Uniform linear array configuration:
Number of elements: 64
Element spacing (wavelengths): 0.75
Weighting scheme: exponential
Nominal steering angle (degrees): -45
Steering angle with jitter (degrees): -45.296
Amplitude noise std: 0.05
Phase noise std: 0.05

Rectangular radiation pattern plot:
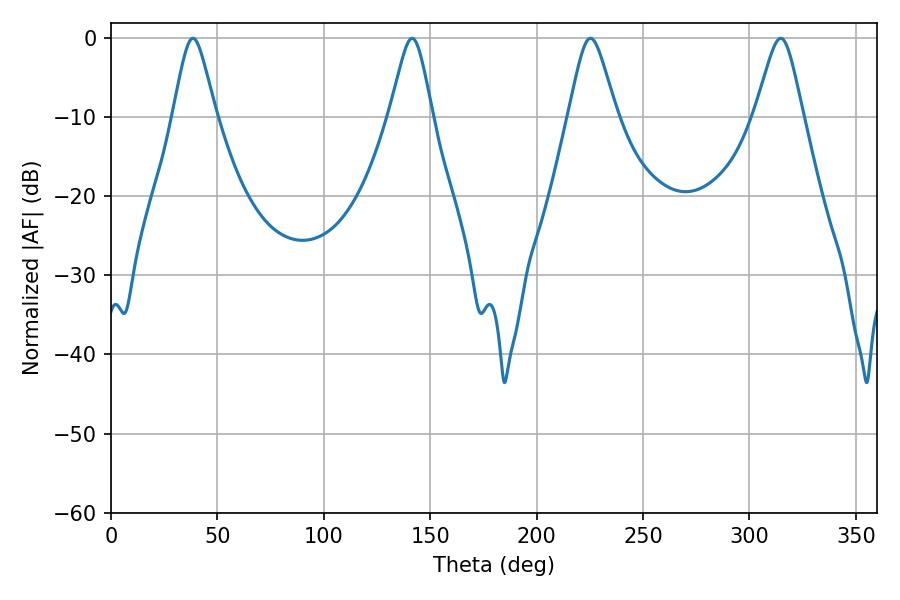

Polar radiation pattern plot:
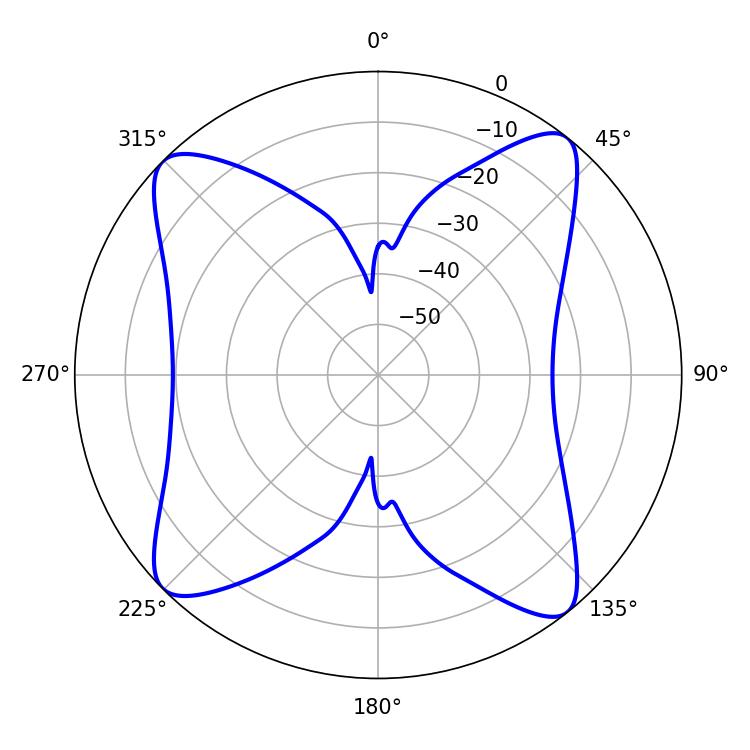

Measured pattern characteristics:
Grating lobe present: TRUE
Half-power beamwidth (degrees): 9.72
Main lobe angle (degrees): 38.52